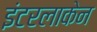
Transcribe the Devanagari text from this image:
इंटरलाकेन